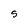
Character: S